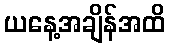
ယနေ့အချိန်အထိ